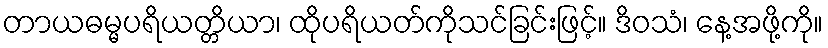
တာယဓမ္မပရိယတ္တိယာ၊ ထိုပရိယတ်ကိုသင်ခြင်းဖြင့်။ ဒိဝသံ၊ နေ့အဖို့ကို။